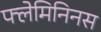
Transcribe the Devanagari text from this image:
फ्लेमिनिनस